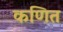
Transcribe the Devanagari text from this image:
कणित